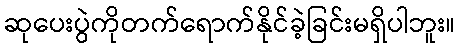
ဆုပေးပွဲကိုတက်ရောက်နိုင်ခဲ့ခြင်းမရှိပါဘူး။